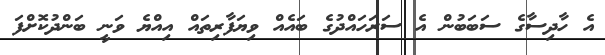
އެ ހާދިސާގެ ސަބަބުން އެ ސަރަހައްދުގެ ބައެއް ވިޔަފާރިތައް އިއްޔެ ވަނީ ބަންދުކޮށްފަ